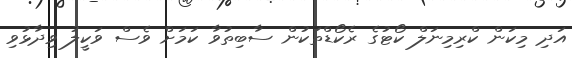
އަދި މިކަން ކްރިމިނަލް ކޯޓުގެ ރެކޯޑްތަކުން ސާބިތުވާ ކަމަށް ވެސް ވަކީލު ވިދާޅުވި